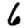
Digit: 6